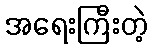
အရေးကြီးတဲ့